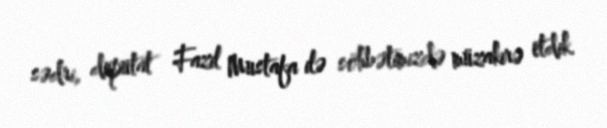
sədri, deputat Fazil Mustafa ilə söhbətimizdə müzakirə etdik.